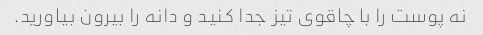
نه پوست را با چاقوی تیز جدا کنید و دانه را بیرون بیاورید.